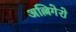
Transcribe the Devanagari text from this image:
अल्लिगेरो